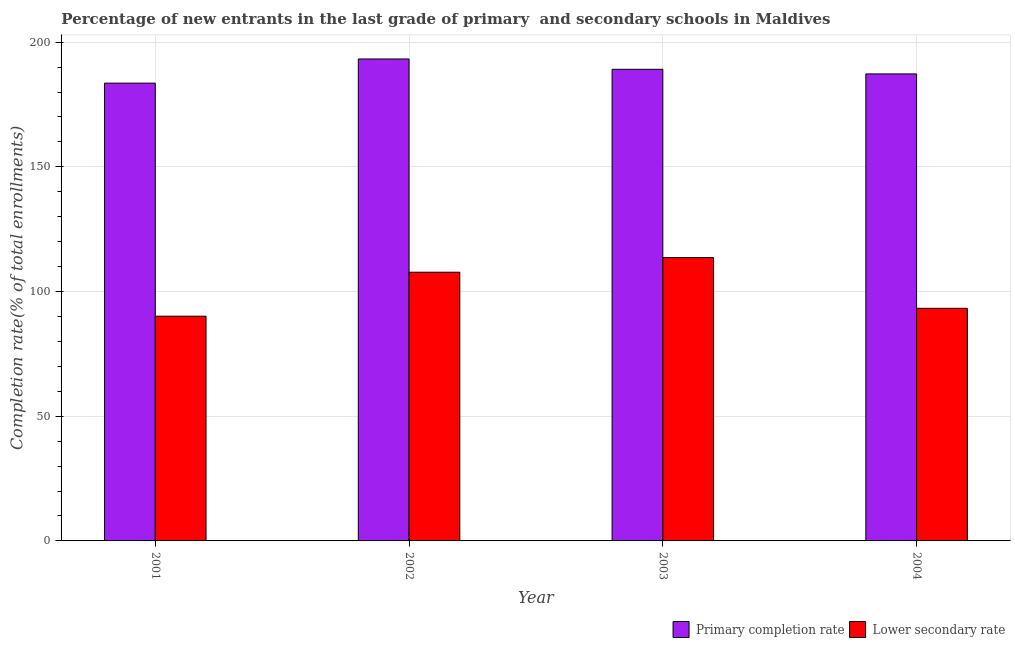
| Year | Primary completion rate | Lower secondary rate |
 | --- | --- | --- |
 | 2001 | 184 | 90.1 |
 | 2002 | 193 | 108 |
 | 2003 | 189 | 114 |
 | 2004 | 187 | 93.3 |